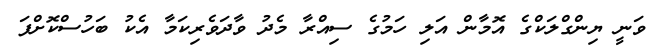
ވަނީ ޔިންގްލަކްގެ އޮމާން އަލި ހަމުގެ ސިއްރާ މެދު ވާދަވެރިކަމާ އެކު ބަހުސްކޮށްފަ